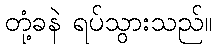
တုံ့ခနဲ ရပ်သွားသည်။